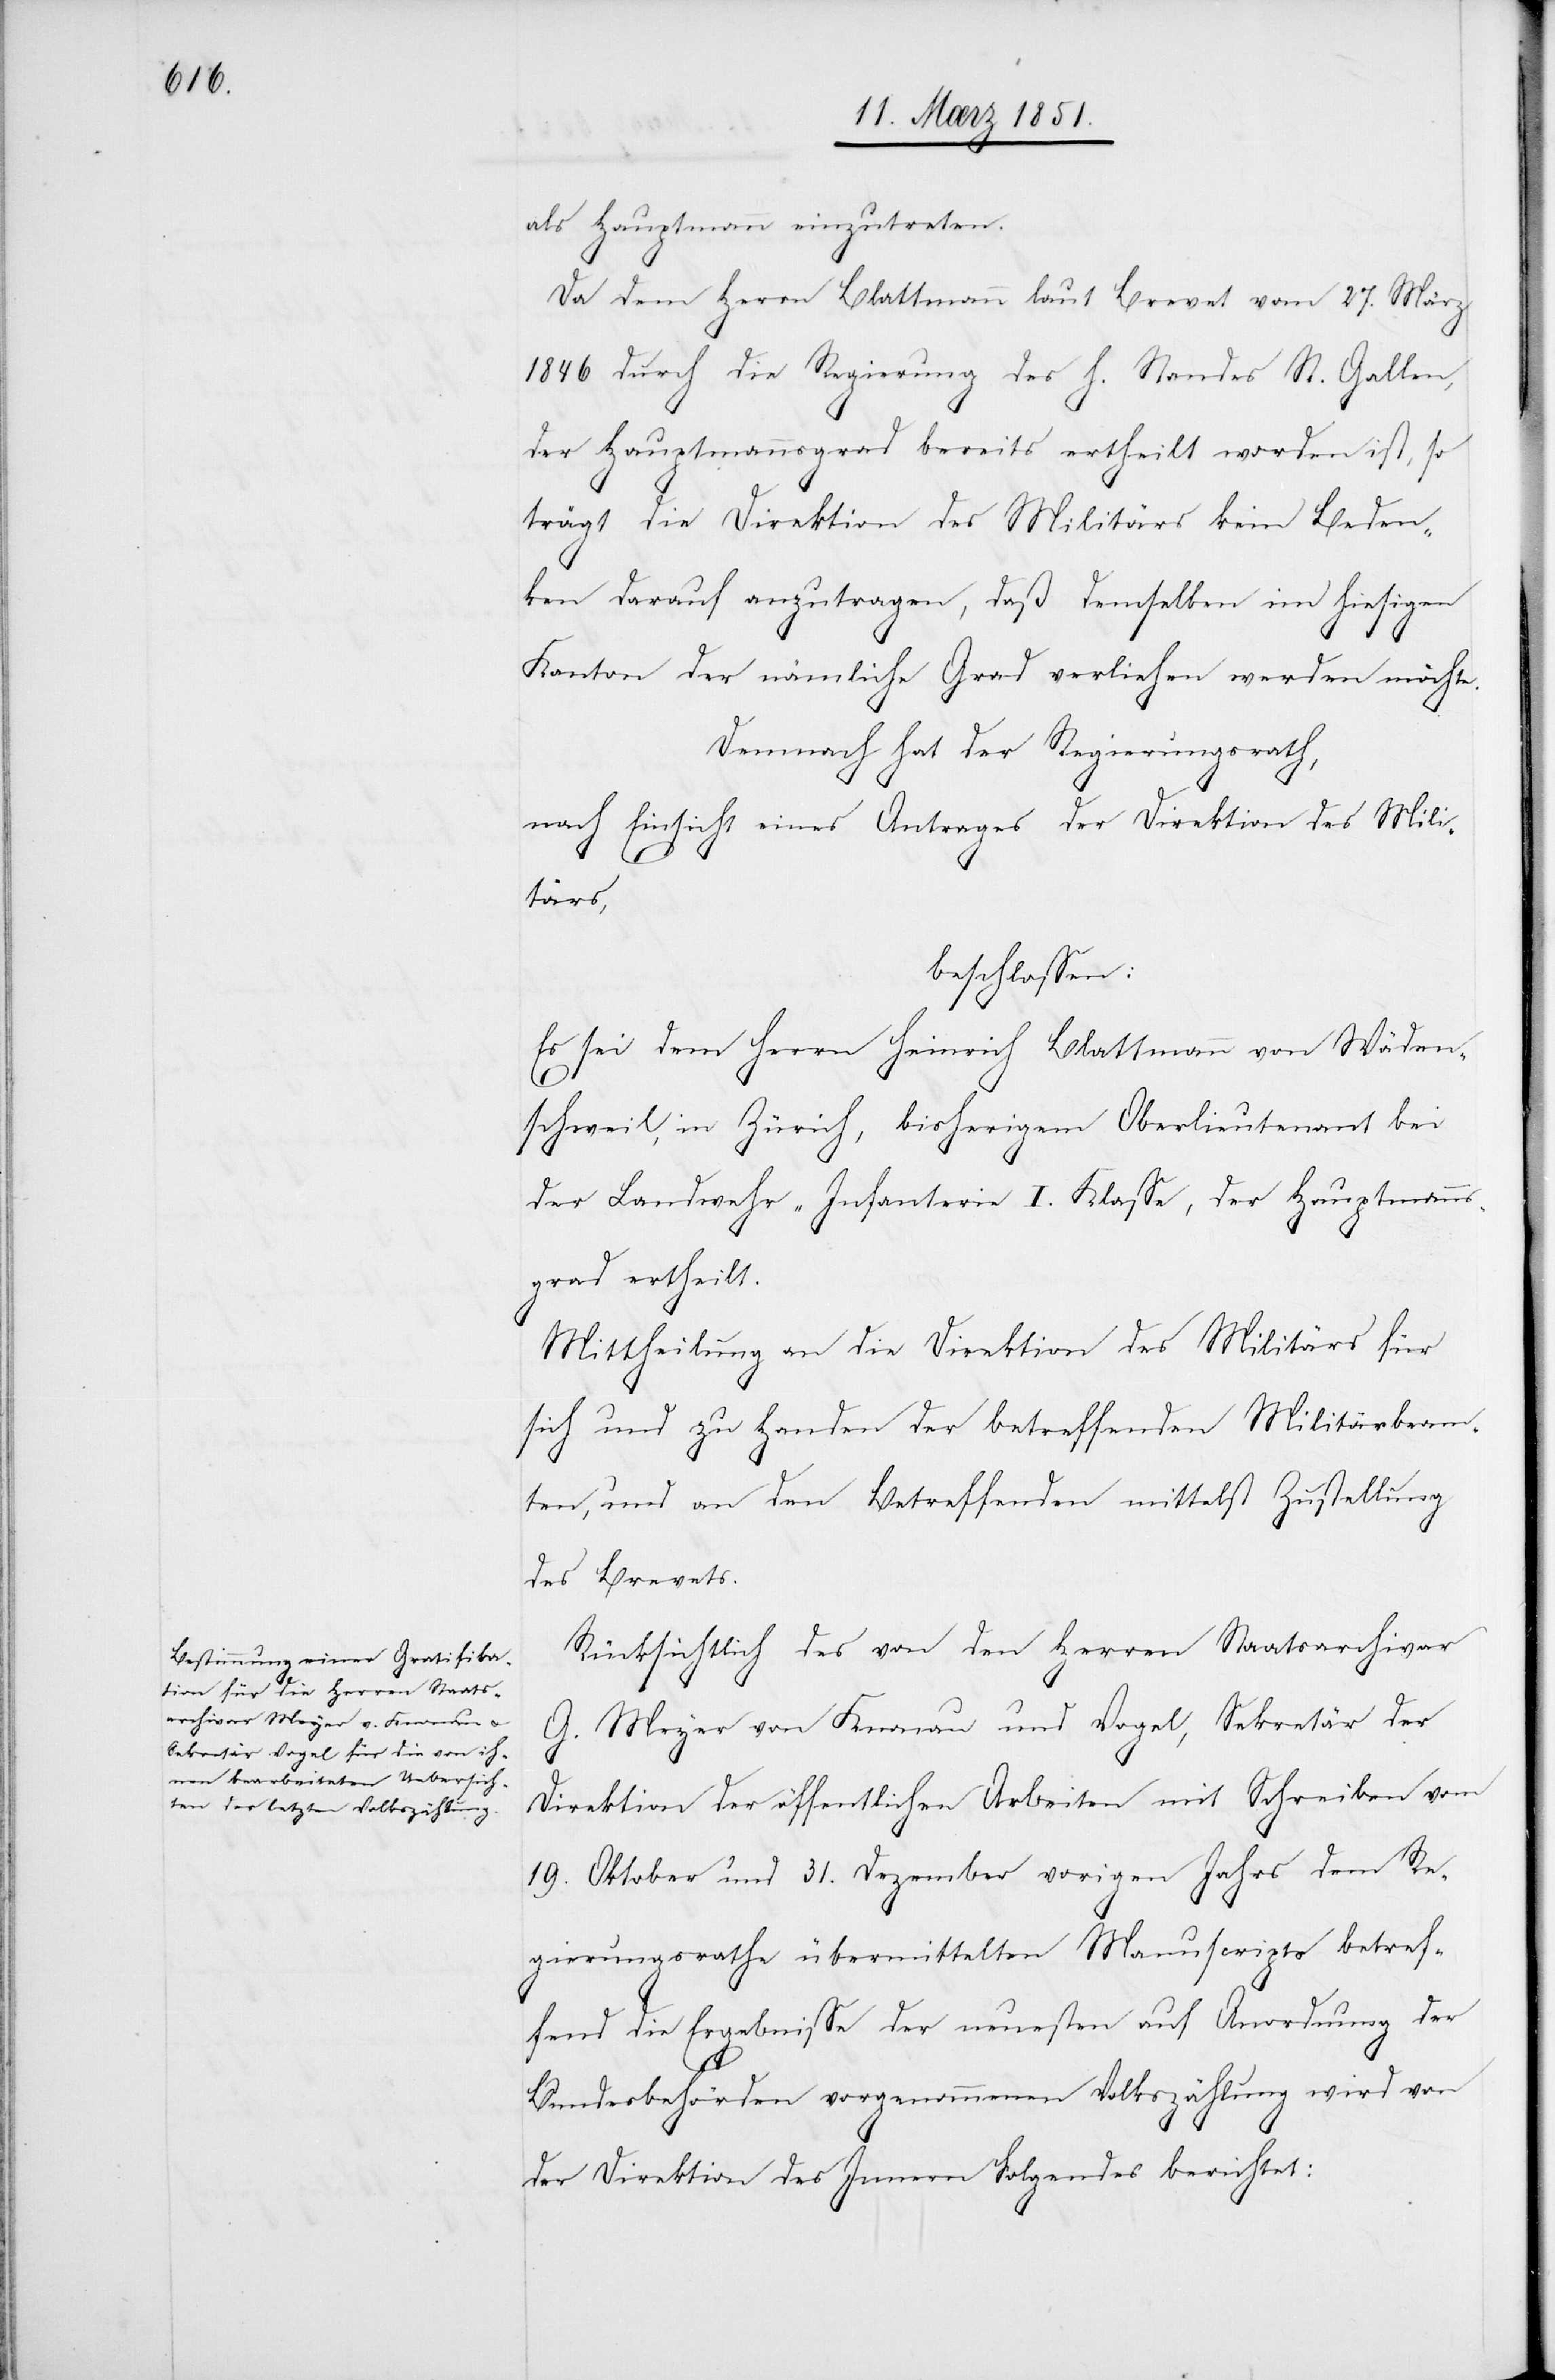
als Hauptmann einzutreten.
Da dem Herrn Blattmann laut Brevet vom 27. März
1846 durch die Regierung des h. Standes St. Gallen,
der Hauptmannsgrad bereits ertheilt worden ist, so
trägt die Direktion des Militärs kein Beden¬
ken darauf anzutragen, daß demselben im hiesigen
Kanton der nämliche Grad verliehen werden möchte.
Demnach hat der Regierungsrath,
nach Einsicht eines Antrages der Direktion des Mili¬
tärs,
beschlossen:
Es sei dem Herrn Heinrich Blattmann von Wäden¬
schweil, in Zürich, bisherigem Oberlieutenant bei
der Landwehr-Infanterie I. Klasse, der Hauptmanns¬
grad ertheilt.
Mittheilung an die Direktion des Militärs für
sich und zu Handen der betreffenden Militärbeam¬
ten, und an den Betreffenden mittelst Zustellung
des Brevets.
Rücksichtlich des von den Herren Staatsarchivar
G. Meyer von Knonau und Vogel, Sekretär der
Direktion der öffentlichen Arbeiten mit Schreiben vom
19. Oktober und 31. Dezember vorigen Jahrs dem Re¬
gierungsrathe übermittelten Manuscripts betref¬
fend die Ergebnisse der neuesten auf Anordnung der
Bundesbehörden vorgenommenen Volkszählung wird von
der Direktion des Innern Folgendes berichtet: